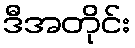
ဒီအတိုင်း